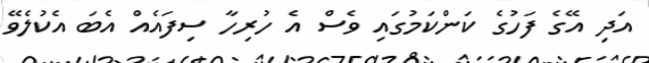
އަދި އޭގެ ފަހުގެ ކަންކަމުގައި ވެސް އެ ހުރިހާ ސިފައެއް އެބަ އެކުލެވޭ